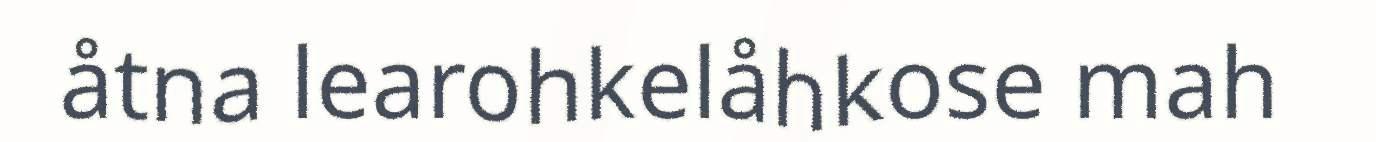
åtna learohkelåhkose mah